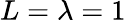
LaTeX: L=\lambda=1